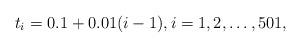
LaTeX: \begin{align*} t_i = 0.1 + 0.01(i-1), i=1,2,\ldots,501,\end{align*}